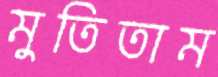
মুতিতাম